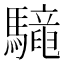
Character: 𩦳